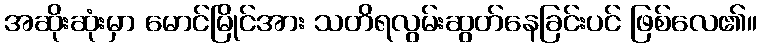
အဆိုးဆုံးမှာ မောင်မြိုင်အား သတိရလွမ်းဆွတ်နေခြင်းပင် ဖြစ်လေ၏။